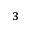
^ 3